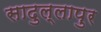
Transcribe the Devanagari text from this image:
सादुल्लापुर